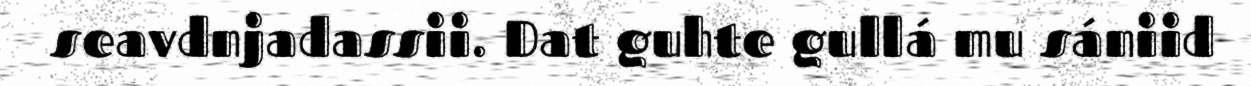
seavdnjadassii. Dat guhte gullá mu sániid